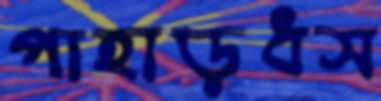
পাহাড়ধস